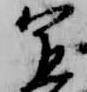
宣